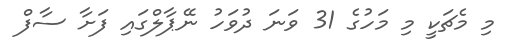
މި މެޗަކީ މި މަހުގެ 31 ވަނަ ދުވަހު ނޭޕާލްގައި ފަށާ ސާފް